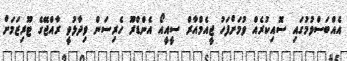
އެއްބަސްވުމުގައި ސޮއިކުރެއް ވުމަށްފަހު ޖީއެމްއާރް ސީއީއޯ އެންޑްރޫ ހެރިސަން ވިދާޅުވީ ރާއްޖޭގެ ޓޫރިޒަމަށް